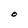
Character: O